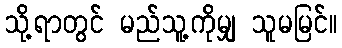
သို့ရာတွင် မည်သူ့ကိုမျှ သူမမြင်။